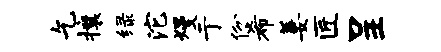
乞攘绿沱熳亍份希萋匠呈